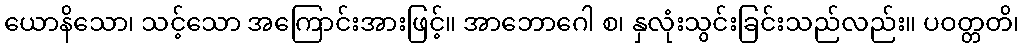
ယောနိသော၊ သင့်သော အကြောင်းအားဖြင့်။ အာဘောဂေါ စ၊ နှလုံးသွင်းခြင်းသည်လည်း။ ပဝတ္တတိ၊